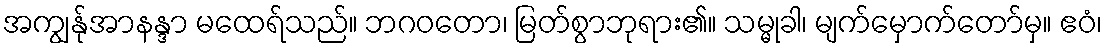
အကျွန်ုအာနန္ဒာ မထေရ်သည်။ ဘဂဝတော၊ မြတ်စွာဘုရား၏။ သမ္မုခါ၊ မျက်မှောက်တော်မှ။ ဧဝံ၊